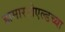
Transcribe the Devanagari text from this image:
हामारहोएल्डच्या